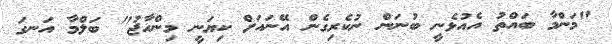
"މަންމާ ބައްތު އެއުޅެނީ ބުނަން ނުކެރިގެން އޭނައަށް ކިޔަނީ މިންހާޖު" ބަލްމާ އަނގަ